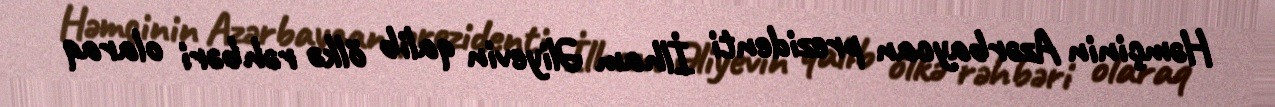
Həmçinin Azərbaycan prezidenti İlham Əliyevin qalib ölkə rəhbəri olaraq